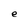
Character: e